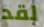
لقد